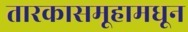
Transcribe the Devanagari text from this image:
तारकासमूहामधून